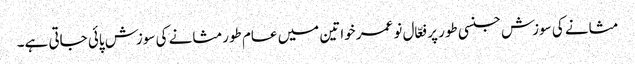
مثانے کی سوزش جنسی طور پر فعّال نو عمر خواتین میں عام طورمثانے کی سوزش پائی جاتی ہے۔